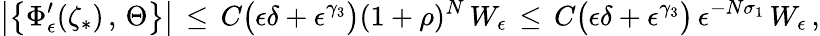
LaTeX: \bigl|\bigl\{ \Phi_{\epsilon}^{\prime}(\zeta_{*})\, ,\, \Theta\bigr\} \bigr|\, \le\, C\bigl(\epsilon\delta+\epsilon^{\gamma_{3}}\bigr)(1+\rho)^{N}\, W_{\epsilon}\, \le\, C\bigl(\epsilon\delta+\epsilon^{\gamma_{3}}\bigr)\, \epsilon^{-N\sigma_{1}}\, W_{\epsilon}\, ,